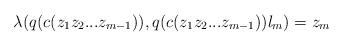
LaTeX: \begin{align*}\lambda(q(c(z_1z_2...z_{m-1})), q(c(z_1z_2...z_{m-1}))l_m) = z_m\end{align*}